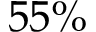
5 5 \%